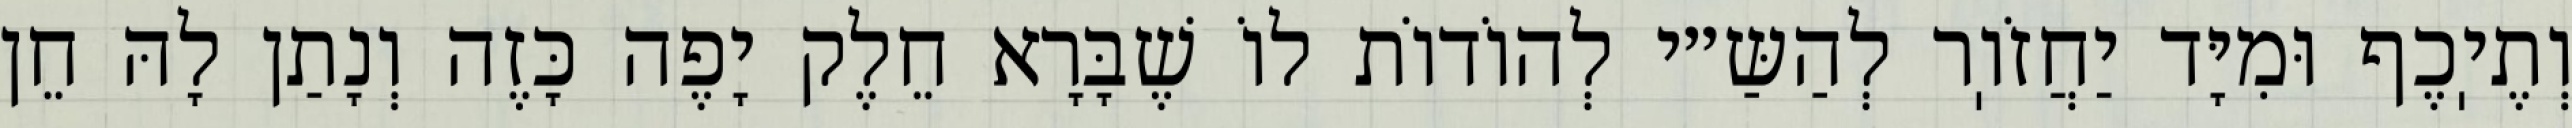
וְתֶיֽכֶף וּמִיָּד יַחֲזֹוֽר לְהַשַּ״י לְהוֹדוֹת לוֹ שֶׁבָּרָא חֵלֶק יָפֶה כָּזֶה וְנָתַן לָהּ חֵן